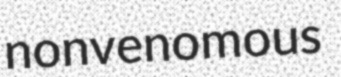
nonvenomous